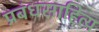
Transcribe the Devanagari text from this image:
प्रबंधसाहित्य